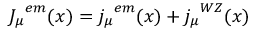
{ J _ { \mu } } ^ { e m } ( x ) = { j _ { \mu } } ^ { e m } ( x ) + { j _ { \mu } } ^ { W Z } ( x )